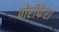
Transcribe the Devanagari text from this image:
पोरीफेरा